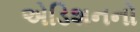
એડિશનનો